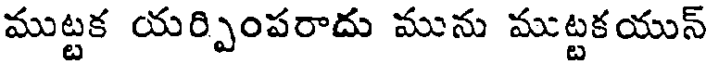
ముట్టక యర్పింపరాదు మును ముట్టకయున్